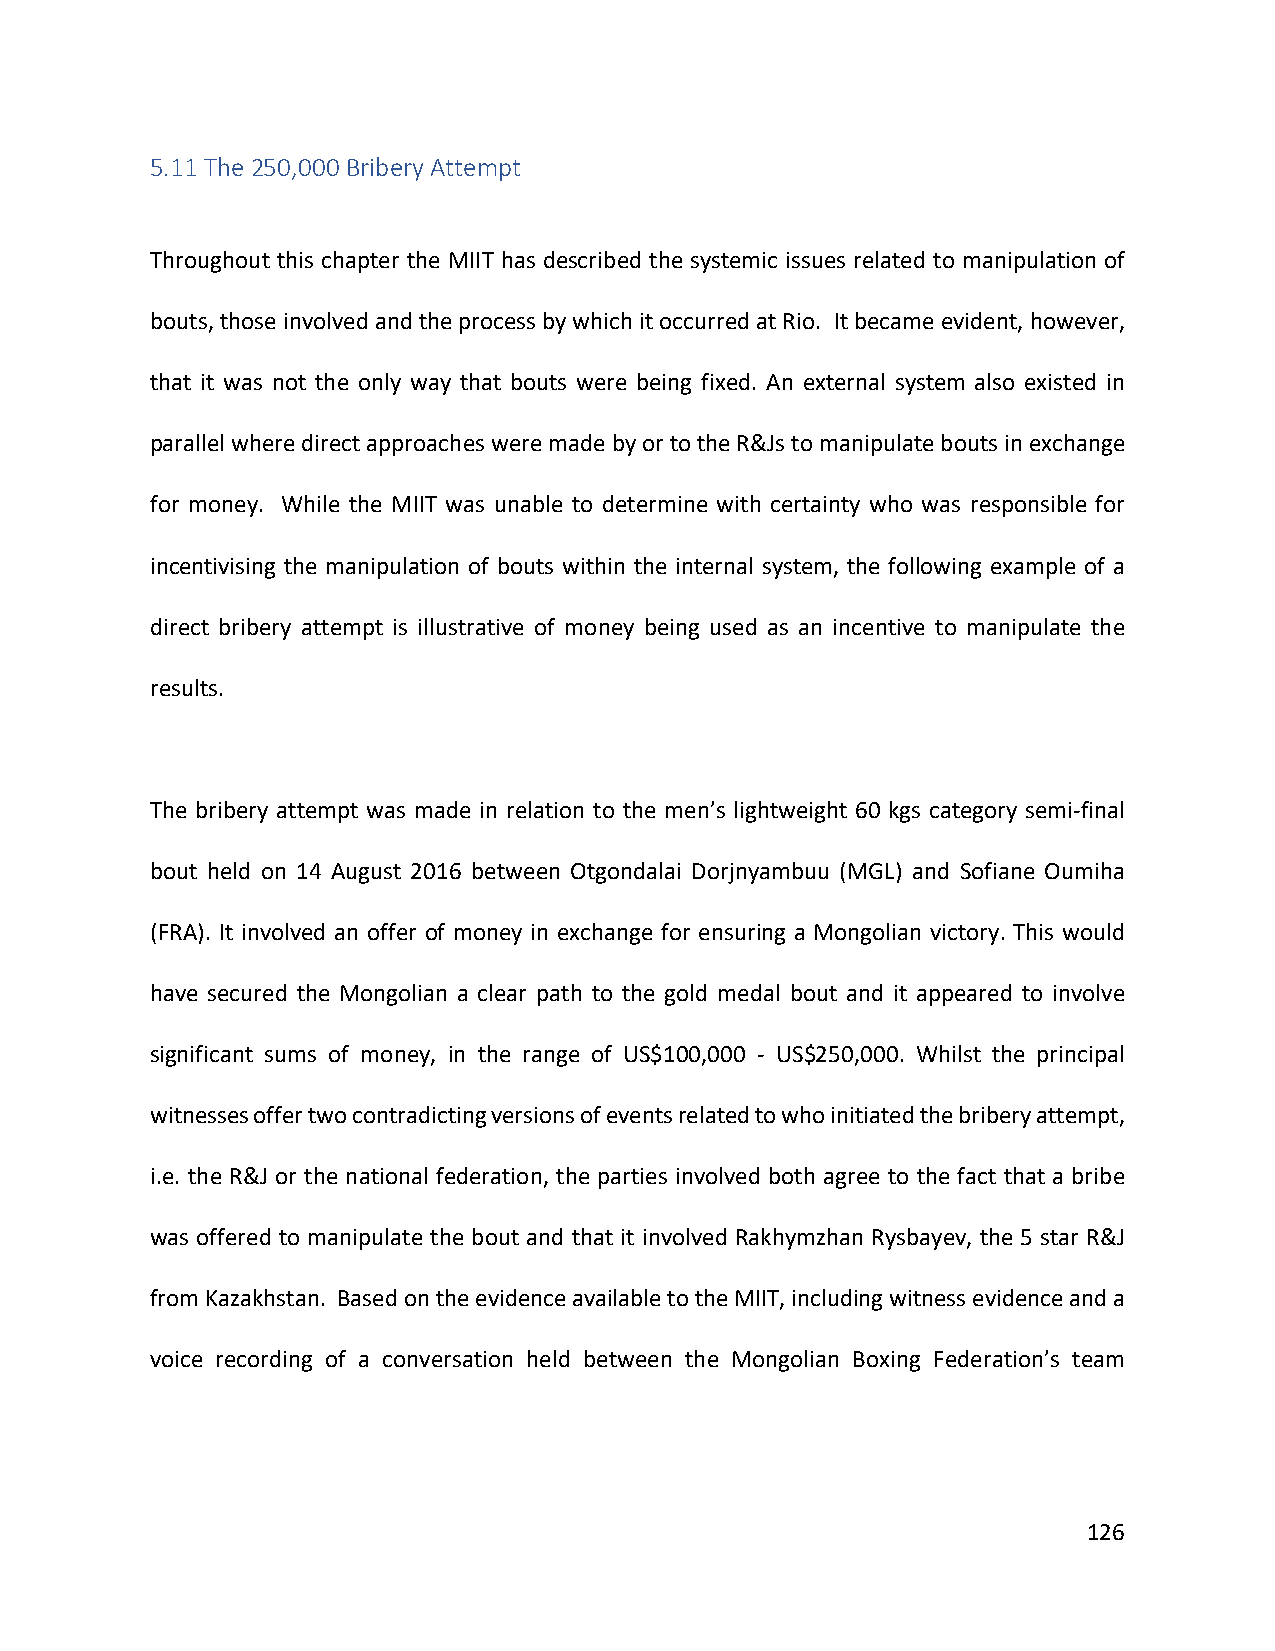
5.11 The 250,000 Bribery Attempt
 Throughout this chapter the MIIT has described the systemic issues related to manipulation of
 bouts, those involved and the process by which it occurred at Rio. It became evident, however,
 that it was not the only way that bouts were being fixed. An external system also existed in
 parallel where direct approaches were made by or to the R&Js to manipulate bouts in exchange
 for money. While the MIIT was unable to determine with certainty who was responsible for
 incentivising the manipulation of bouts within the internal system, the following example of a
 direct bribery attempt is illustrative of money being used as an incentive to manipulate the
 results.
 The bribery attempt was made in relation to the men’s lightweight 60 kgs category semi-final
 bout held on 14 August 2016 between Otgondalai Dorjnyambuu (MGL) and Sofiane Oumiha
 (FRA). It involved an offer of money in exchange for ensuring a Mongolian victory. This would
 have secured the Mongolian a clear path to the gold medal bout and it appeared to involve
 significant sums of money, in the range of US$100,000 - US$250,000. Whilst the principal
 witnesses offer two contradicting versions of events related to who initiated the bribery attempt,
 i.e. the R&J or the national federation, the parties involved both agree to the fact that a bribe
 was offered to manipulate the bout and that it involved Rakhymzhan Rysbayev, the 5 star R&J
 from Kazakhstan. Based on the evidence available to the MIIT, including witness evidence and a
 voice recording of a conversation held between the Mongolian Boxing Federation’s team
 126